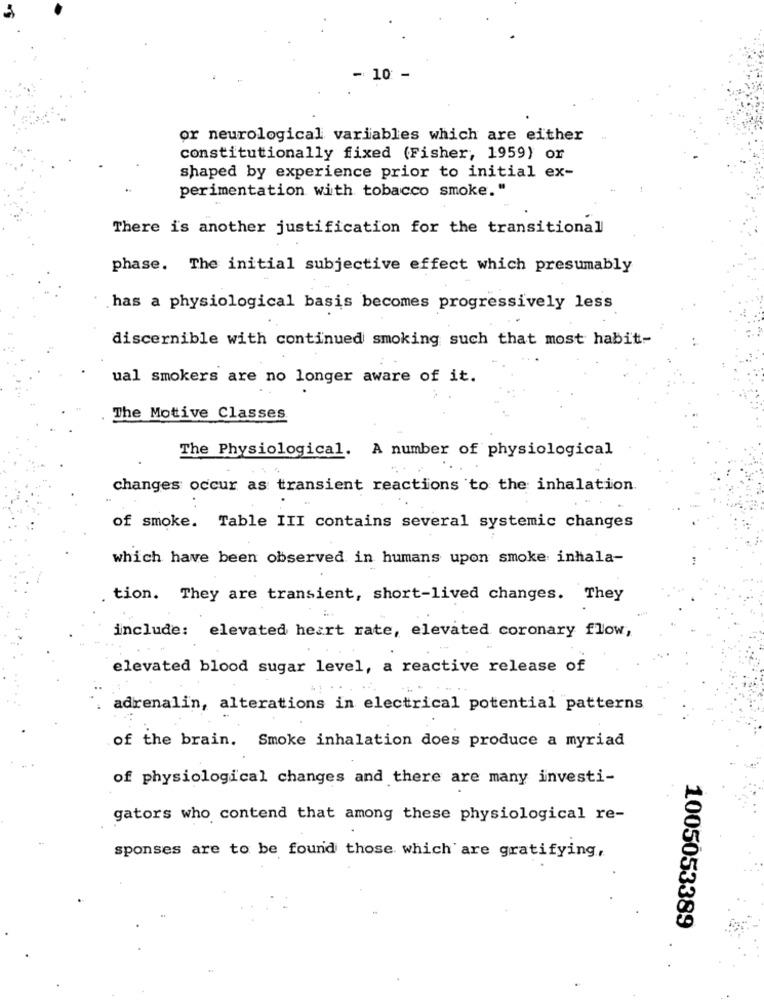
10:
or neurological variables which are either
constitutionally fixed (Fisher, 1959) or
shaped by experience prior to initial ex-
perimentation with tobacco smoke."
There is another justification for the transitional
phase. The initial subjective effect which presumably
has a physiological basis becomes progressively less
discernible with continued smoking such that most habit-
ual smokers are no longer aware of it.
The Motive Classes
The Physiological. A number of physiological
changes occur as transient reactions to the inhalation.
of smoke. Table III contains several systemic changes
which have been observed in humans upon smoke inhala-
tion. They are transient, short-lived changes. They
include: elevated heart rate, elevated coronary flow,
elevated blood sugar level, a reactive release of
adrenalin, alterations in electrical potential patterns
of the brain. Smoke inhalation does produce a myriad
of physiological changes and there are many investi-
gators who contend that among these physiological re-
sponses are to be found those which are gratifying,
1005053389